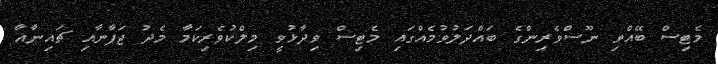
މެޓިސް ބޭއްވި ނޫސްވެރިންގެ ބައްދަލުވުމެއްގައި މެޓިސް ވިދާޅުވީ މިލްކުވެރިކަމާ މެދު ޖަޕާނާއި ޗައިނާއާ